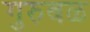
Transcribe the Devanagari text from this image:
गुरुबळ